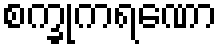
စက္ခုကရဏော